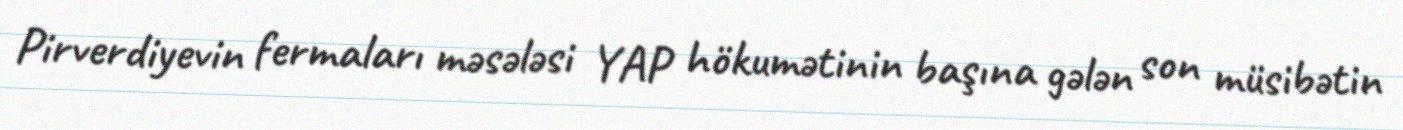
Pirverdiyevin fermaları məsələsi YAP hökumətinin başına gələn son müsibətin